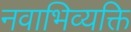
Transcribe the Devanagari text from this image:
नवाभिव्यक्ति